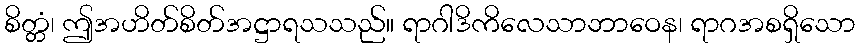
စိတ္တံ၊ ဤအဟိတ်စိတ်အဋ္ဌာရသသည်။ ရာဂါဒိကိလေသာဘာဝေန၊ ရာဂအစရှိသော